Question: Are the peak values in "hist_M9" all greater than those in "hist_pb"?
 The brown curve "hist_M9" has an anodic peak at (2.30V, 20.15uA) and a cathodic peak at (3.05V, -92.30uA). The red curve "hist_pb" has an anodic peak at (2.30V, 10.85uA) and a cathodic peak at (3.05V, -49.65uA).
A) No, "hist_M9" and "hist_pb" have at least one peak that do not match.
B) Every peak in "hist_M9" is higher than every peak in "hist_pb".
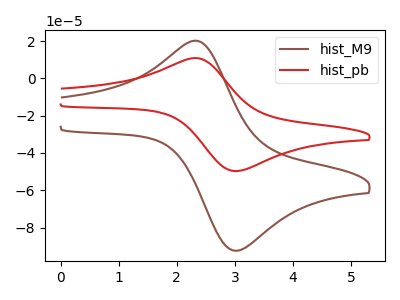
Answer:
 <answer>B) Every peak in "hist_M9" is higher than every peak in "hist_pb".</answer>
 <eval>B</eval>